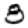
Digit: 8